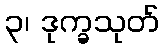
၃၊ ဒုက္ခသုတ်